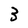
Character: 3